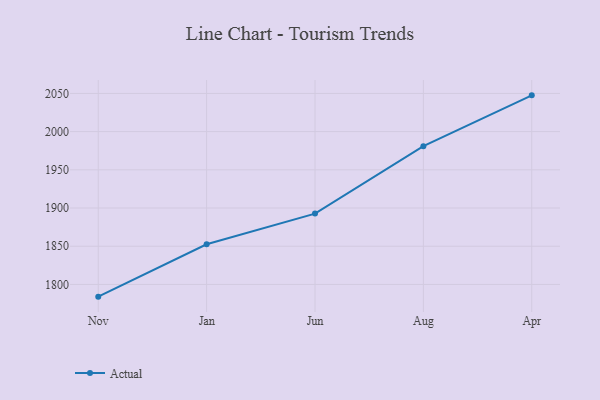
{"axis": {"x": "Month", "y": "Latency (ms)"}, "legend": ["Actual"], "data": [{"x": "Nov", "y": 1784.0, "type": "Actual"}, {"x": "Jan", "y": 1852.6, "type": "Actual"}, {"x": "Jun", "y": 1892.7, "type": "Actual"}, {"x": "Aug", "y": 1981.0, "type": "Actual"}, {"x": "Apr", "y": 2047.5, "type": "Actual"}]}